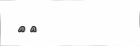
٣٢